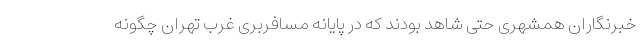
خبرنگاران همشهری حتی شاهد بودند که در پایانه مسافربری غرب تهران چگونه